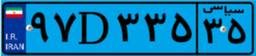
۹۷D۳۳۵۳۵